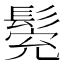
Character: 𩭕